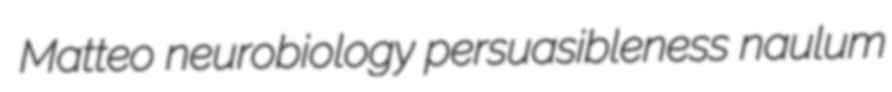
Matteo neurobiology persuasibleness naulum